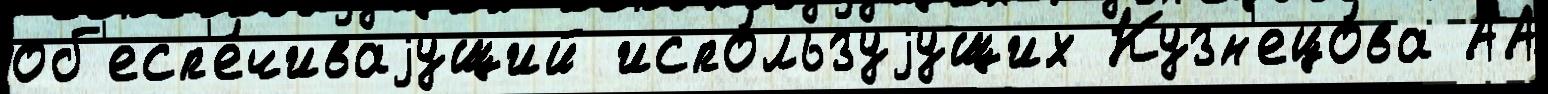
об'есп'е́чиваjущий испо́льзуjущих Кузн'ецо́ва АА